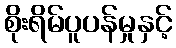
စိုးရိမ်ပူပန်မှုနှင့်